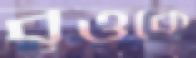
বৃত্তকে